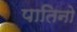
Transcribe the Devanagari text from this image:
पातिनो